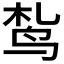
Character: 𫛠